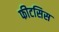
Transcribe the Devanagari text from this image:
फीटसिस